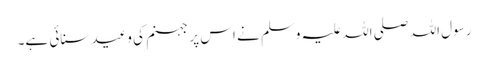
رسول اللہ صلی اللہ علیہ وسلم نے اس پر جہنم کی وعید سنائی ہے۔